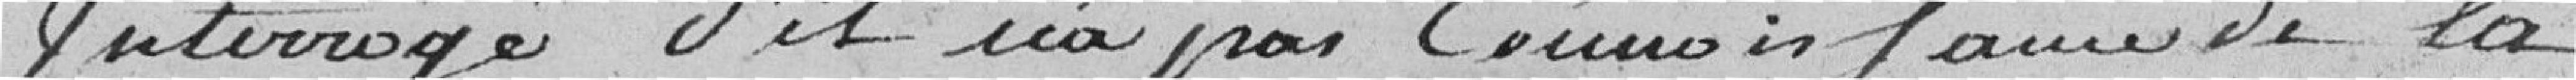
Interrogé s'il n'a pas connaissance de la